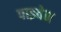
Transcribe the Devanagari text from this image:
पाइवेन